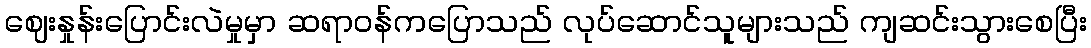
ဈေးနှုန်းပြောင်းလဲမှုမှာ ဆရာဝန်ကပြောသည် လုပ်ဆောင်သူများသည် ကျဆင်းသွားစေပြီး